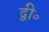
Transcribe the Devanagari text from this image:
द्वी॰